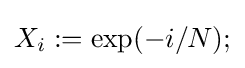
X_{i}:=\exp(-i/N);